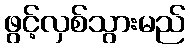
ဖွင့်လှစ်သွားမည်